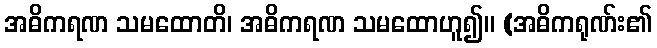
အဓိကရဏ သမထောတိ၊ အဓိကရဏ သမထောဟူ၍။ (အဓိကရုဏ်း၏